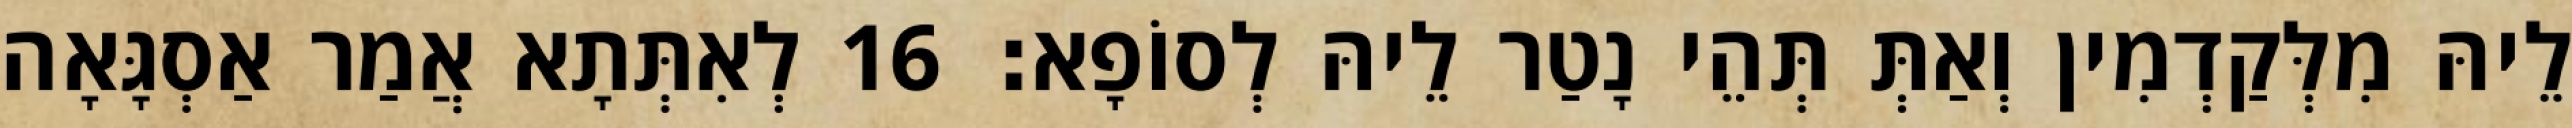
לֵיהּ מִלְּקַדְמִין וְאַתְּ תְּהֵי נָטַר לֵיהּ לְסוֹפָא׃ 16 לְאִתְּתָא אֲמַר אַסְגָּאָה